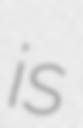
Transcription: is